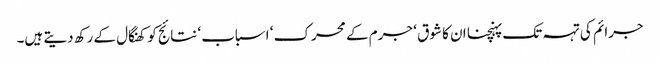
جرائم کی تہہ تک پہنچنا ان کا شوق ‘ جرم کے محرک ‘ اسباب ‘ نتائج کو کھنگال کے رکھ دیتے ہیں۔